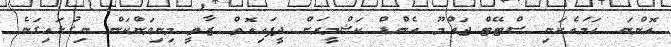
އޮންނަ ހަމައެކަނި ސްޓޭޓް ޖައްމޫ އެންޑް ކަޝްމީރަށް ދީފައިއޮތް ޒާތީ މިނިވަންކަން ނިގުޅައިގަނެ